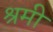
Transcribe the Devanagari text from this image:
श्रमी